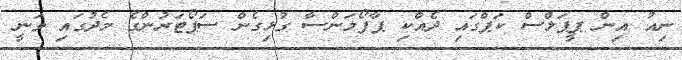
ނިއު އިން ޕީޕަލްސް ކަޕްގައި ދެއްކި ޕާފޯމަންސާ ގުޅިގެން ސަޕޯޓަރުންގެ މެދުގައި ވަނީ